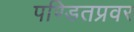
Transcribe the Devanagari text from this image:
पण्डितप्रवर